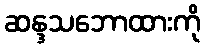
ဆန္ဒသဘောထားကို